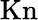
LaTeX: \mathrm{Kn}